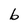
Character: b